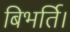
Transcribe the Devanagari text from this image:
बिभर्ति।